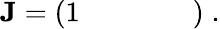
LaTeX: \begin{array}{r}{{\mathbf J}=\left(\begin{array}{lllll}{1}&{}&{}&{}&{}\end{array}\right)\; .}\end{array}